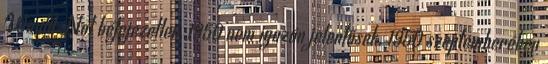
Would Not befejezetlen, 1950 nem igazán jelentősek. 1950 szeptemberében